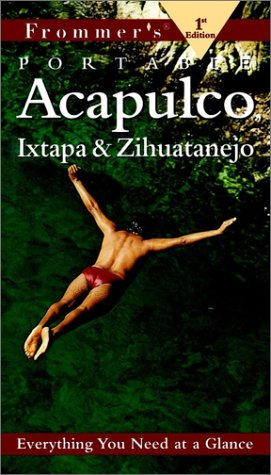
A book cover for Frommer's Portable Acapulco & Ixtapa/Zihuatanejo; Lynne Bairstow; Travel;